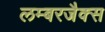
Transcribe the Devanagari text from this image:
लम्बरजैक्स